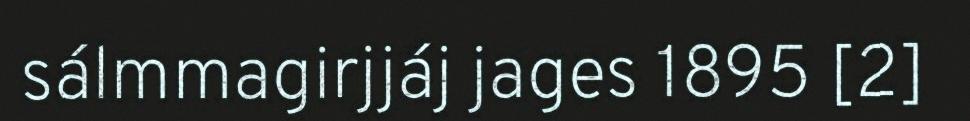
sálmmagirjjáj jages 1895 [2]